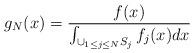
LaTeX: \begin{align*}g_N(x) = \frac{f(x)}{\int_{\cup_{1 \leq j \leq N}S_j} f_j(x) dx}\end{align*}